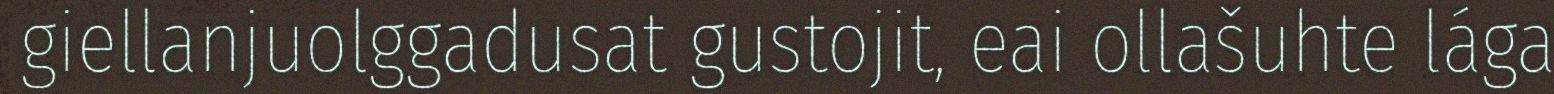
giellanjuolggadusat gustojit, eai ollašuhte lága